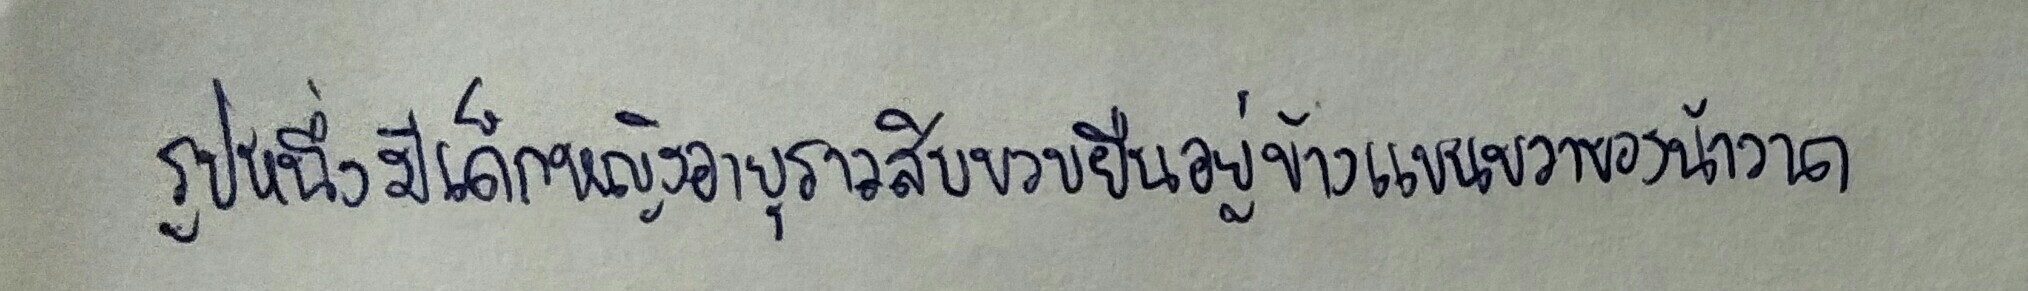
รูปหนึ่งมีเด็กหญิงอายุราวสิบขวบยืนอยู่ข้างแขนขวาของน้าวาด